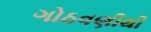
ગોઠવણીથી